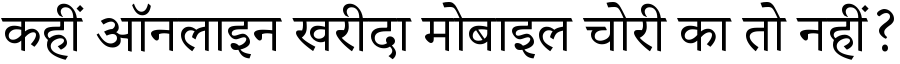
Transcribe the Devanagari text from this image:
कहीं ऑनलाइन खरीदा मोबाइल चोरी का तो नहीं?